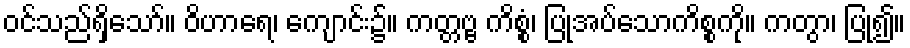
ဝင်သည်ရှိသော်။ ဝိဟာရေ၊ ကျောင်း၌။ ကတ္တဗ္ဗ ကိစ္စံ၊ ပြုအပ်သောကိစ္စကို။ ကတွာ၊ ပြု၍။